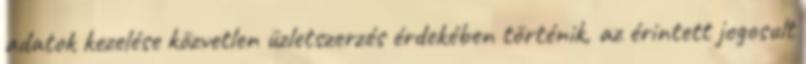
adatok kezelése közvetlen üzletszerzés érdekében történik, az érintett jogosult